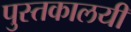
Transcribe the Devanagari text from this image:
पुस्तकालयी